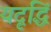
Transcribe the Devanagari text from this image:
यदृद्धिं